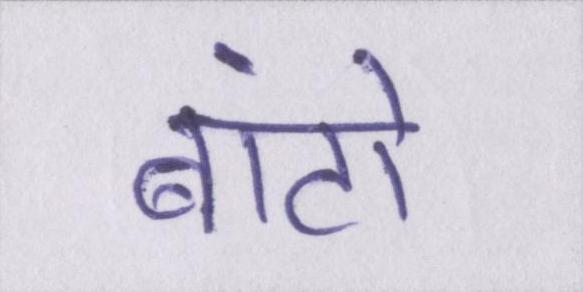
बांटो